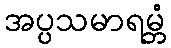
အပ္ပသမာရမ္ဘံ